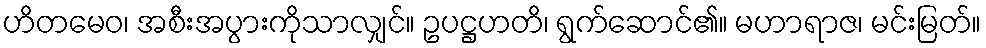
ဟိတမေဝ၊ အစီးအပွားကိုသာလျှင်။ ဥပဋ္ဌဟတိ၊ ရွက်ဆောင်၏။ မဟာရာဇ၊ မင်းမြတ်။